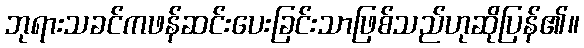
ဘုရားသခင်ကဖန်ဆင်းပေးခြင်းသာဖြစ်သည်ဟုဆိုပြန်၏။